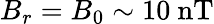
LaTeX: B_{r}=B_{0}\sim 10~\mathrm{nT}